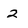
Character: 2